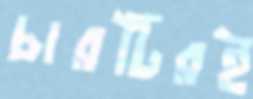
চারটিরই